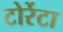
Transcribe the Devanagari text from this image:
टोर्रेटा